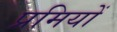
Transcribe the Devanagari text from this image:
प्रमियों